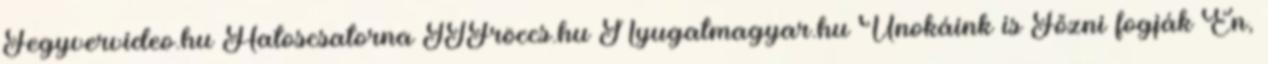
Fegyvervideo.hu Hatoscsatorna ITFröccs.hu Nyugatmagyar.hu Unokáink is Főzni fogják Én,